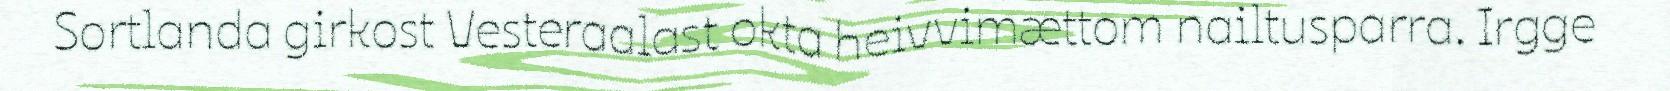
Sortlanda girkost Vesteraalast okta heivvimættom nailtusparra. Irgge